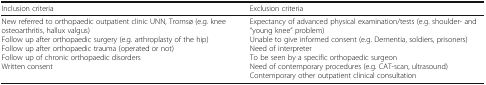
| Inclusion criteria | Exclusion criteria |
 | --- | --- |
 | New referred to orthopaedic outpatient clinic UNN, Tromsø (e.g. knee osteoarthritis, hallux valgus)Follow up after orthopaedic surgery (e.g. arthroplasty of the hip)Follow up after orthopaedic trauma (operated or not)Follow up of chronic orthopaedic disordersWritten consent | Expectancy of advanced physical examination/tests (e.g. shoulder- and “young knee” problem)Unable to give informed consent (e.g. Dementia, soldiers, prisoners)Need of interpreterTo be seen by a specific orthopaedic surgeonNeed of contemporary procedures (e.g. CAT-scan, ultrasound)Contemporary other outpatient clinical consultation |